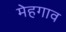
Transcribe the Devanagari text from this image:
मेहगाव